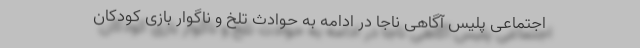
اجتماعی پلیس آگاهی ناجا در ادامه به حوادث تلخ و ناگوار بازی کودکان